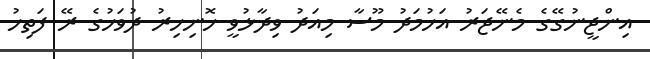
އިންޖީނުގޭގެ މެނޭޖަރު އަހުމަދު މޫސާ މިއަދު ވިދާޅުވީ ހޮނިހިރު ދުވަހުގެ ރޭ ފަތިހު